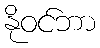
နိုဝင်ဘာ